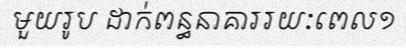
មួយរូប ដាក់ពន្ធនាគាររយៈពេល១